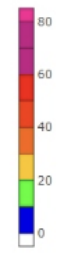
Blue: 0 to 10
Green: 10 to 20
Yellow: 20 to 30
Orange: 30 to 40
Dark Orange: 40 to 50
Red: 50 to 60
Magenta: 60 to 80
Pink: 80 to 85